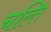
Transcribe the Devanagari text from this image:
चल्ति